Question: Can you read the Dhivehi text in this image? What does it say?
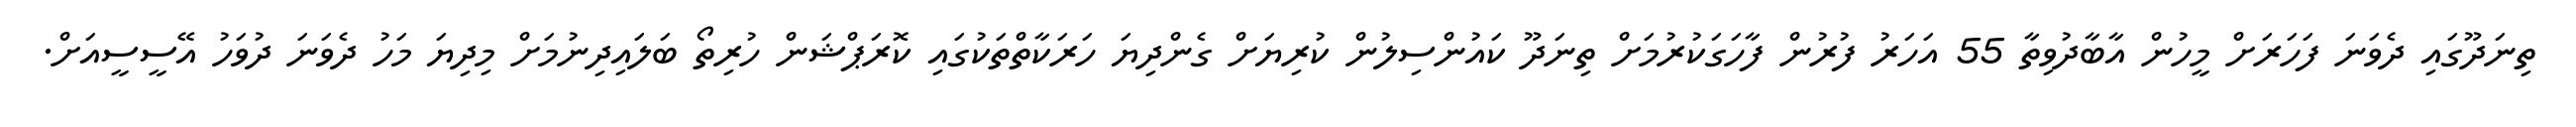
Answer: ތިނަދޫގައި ދެވަނަ ފަހަރަށް މީހުން އާބާދުވިތާ 55 އަހަރު ފުރުން ފާހަގަކުރުމަށް ތިނަދޫ ކައުންސިލުން ކުރިޔަށް ގެންދިޔަ ހަރަކާތްތަކުގައި ކޮރަޕްޝަން ހުރިތޯ ބަލައިދިނުމަށް މިދިޔަ މަހު ދެވަނަ ދުވަހު އޭސީސީއަށް.